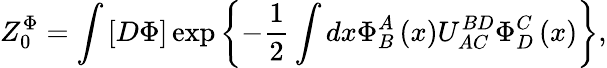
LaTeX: Z_{0}^{\Phi}=\int\left[D\Phi\right]\exp\left\{ -\frac{1}{2}\int dx\Phi_{B}^{A}\left(x\right)U_{AC}^{BD}\Phi_{D}^{C}\left(x\right)\right\} ,